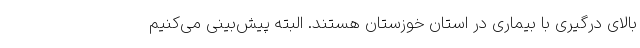
بالای درگیری با بیماری در استان خوزستان هستند. البته پیش‌بینی می‌کنیم